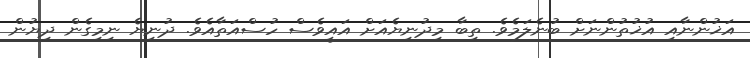
އަޚުންނާއި އުޚުތުންނަށް ބުނެލަމެވެ. ތިބާ މިދުނިޔެއަށް އައީވެސް ހުސްއަތާއެވެ. ދުނިޔެ ނިމިގެން ދިޔުން